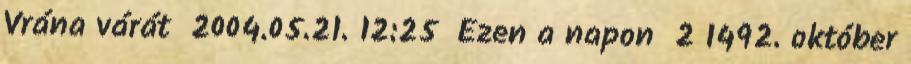
Vrána várát 2004.05.21. 12:25 Ezen a napon 2 1492. október